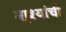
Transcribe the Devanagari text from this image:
मा्श्यांची